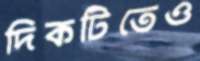
দিকটিতেও